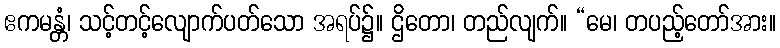
ဧကမန္တံ၊ သင့်တင့်လျောက်ပတ်သော အရပ်၌။ ဌိတော၊ တည်လျက်။ “မေ၊ တပည့်တော်အား။